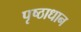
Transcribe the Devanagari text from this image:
पृष्ठाधान